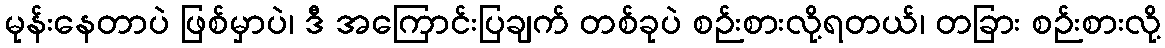
မုန်းနေတာပဲ ဖြစ်မှာပဲ၊ ဒီ အကြောင်းပြချက် တစ်ခုပဲ စဉ်းစားလို့ရတယ်၊ တခြား စဉ်းစားလို့